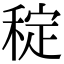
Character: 𥟐